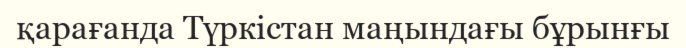
қарағанда Түркістан маңындағы бұрынғы